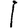
Digit: 1